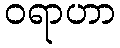
ဝရာဟာ